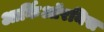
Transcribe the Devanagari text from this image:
आर्किऑरनिस